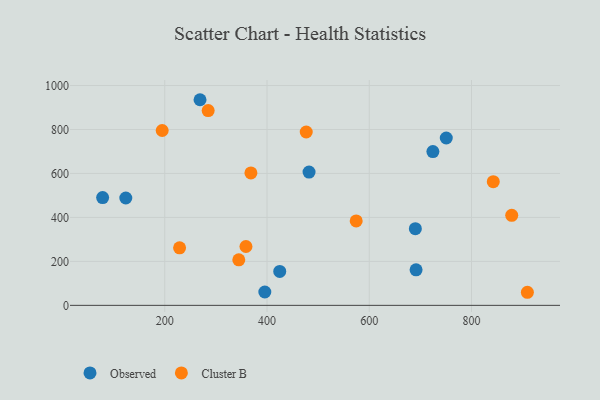
{"axis": {"x": "Ad Spend", "y": "Exam Score"}, "legend": ["Cluster B", "Observed"], "data": [{"x": "482.2", "y": 606.5, "type": "Observed"}, {"x": "724.4", "y": 699.6, "type": "Observed"}, {"x": "269.0", "y": 935.4, "type": "Observed"}, {"x": "690.1", "y": 348.7, "type": "Observed"}, {"x": "123.8", "y": 488.3, "type": "Observed"}, {"x": "78.5", "y": 490.3, "type": "Observed"}, {"x": "750.6", "y": 761.3, "type": "Observed"}, {"x": "395.7", "y": 60.8, "type": "Observed"}, {"x": "424.9", "y": 154.5, "type": "Observed"}, {"x": "691.5", "y": 161.8, "type": "Observed"}, {"x": "284.9", "y": 886.2, "type": "Cluster B"}, {"x": "358.8", "y": 267.7, "type": "Cluster B"}, {"x": "344.8", "y": 207.2, "type": "Cluster B"}, {"x": "476.7", "y": 788.5, "type": "Cluster B"}, {"x": "574.4", "y": 384.2, "type": "Cluster B"}, {"x": "195.0", "y": 795.4, "type": "Cluster B"}, {"x": "368.5", "y": 602.2, "type": "Cluster B"}, {"x": "842.5", "y": 562.8, "type": "Cluster B"}, {"x": "909.2", "y": 59.5, "type": "Cluster B"}, {"x": "229.0", "y": 261.5, "type": "Cluster B"}, {"x": "878.6", "y": 409.5, "type": "Cluster B"}]}